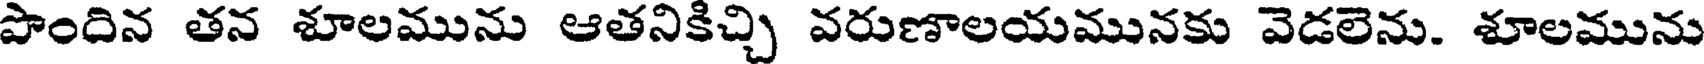
పొందిన తన శూలమును ఆతనికిచ్చి వరుణాలయమునకు వెడలెను. శూలమును